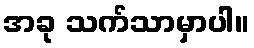
အခု သက်သာမှာပါ။